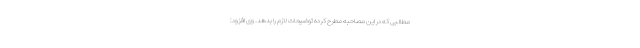
مطالبی که در این مصاحبه مطرح کرده توضیحات لازم را بدهد. وی افزود:‌